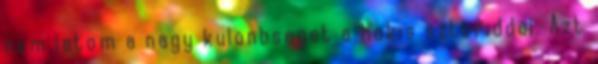
nem latom a nagy kulonbseget a hokis sztoriddal. Azt